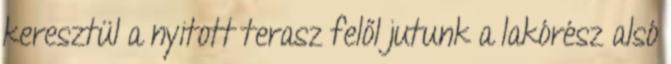
keresztül a nyitott terasz felől jutunk a lakórész alsó